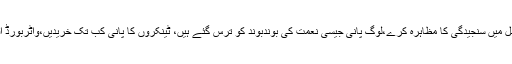
14 مئی2018ء) سندھ حکومت عوام کے مسائل کے حل میں سنجیدگی کا مظاہرہ کرے،لوگ پانی جیسی نعمت کی بوندبوند کو ترس گئے ہیں، ٹینکروں کا پانی کب تک خریدیں،واٹربورڈ افسران پہلے سے پریشان لوگوں کے حال پر رحم کریں ۔